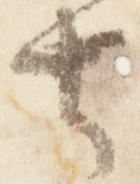
去